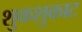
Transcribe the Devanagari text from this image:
शुकशुकाट